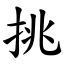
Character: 挑